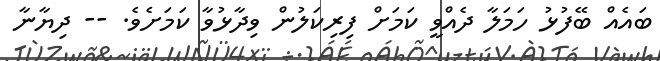
ބައެއް ބޭފުޅު ހަމަލާ ދެއްވީ ކަމަށް ފިރިކަލުން ވިދާޅުވާ ކަމަށެވެ. -- ދިޔާނާ